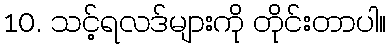
10. သင့်ရလဒ်များကို တိုင်းတာပါ။